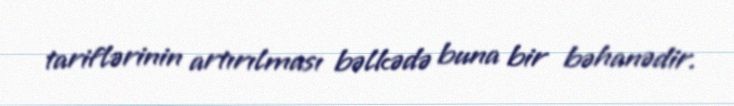
tariflərinin artırılması bəlkədə buna bir bəhanədir.